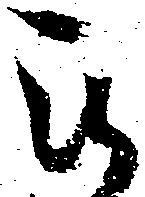
被